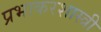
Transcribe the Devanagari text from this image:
प्रभाकरशास्त्री